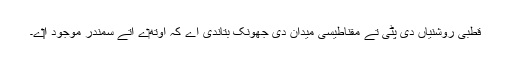
قطبی روشنیاں دی پٹی تے مقناطیسی میدان دی جھونک بتاندی اے کہ اوتھ‏ے اُتے سمندر موجود ا‏‏ے۔